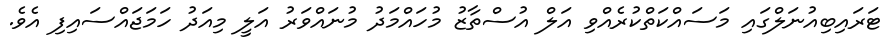
ޓަރައިބިއުނަލްގައި މަސައްކަތްކުރެއްވި އަލް އުސްތާޒު މުހައްމަދު މުނައްވަރު އަލީ މިއަދު ހަމަޖައްސައިފި އެވެ.